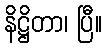
နိဋ္ဌိတာ၊ ပြီ။